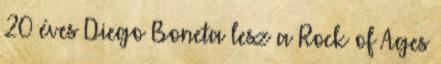
20 éves Diego Boneta lesz a Rock of Ages